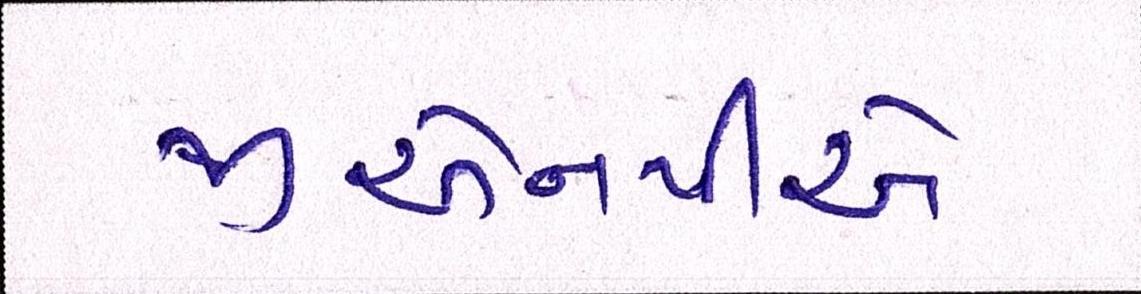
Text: જીએનપીએ